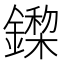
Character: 𨬏